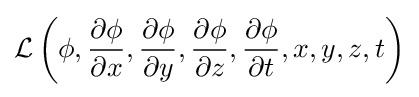
{\mathcal {L}}\left(\phi ,{\frac {\partial \phi }{\partial x}},{\frac {\partial \phi }{\partial y}},{\frac {\partial \phi }{\partial z}},{\frac {\partial \phi }{\partial t}},x,y,z,t\right)